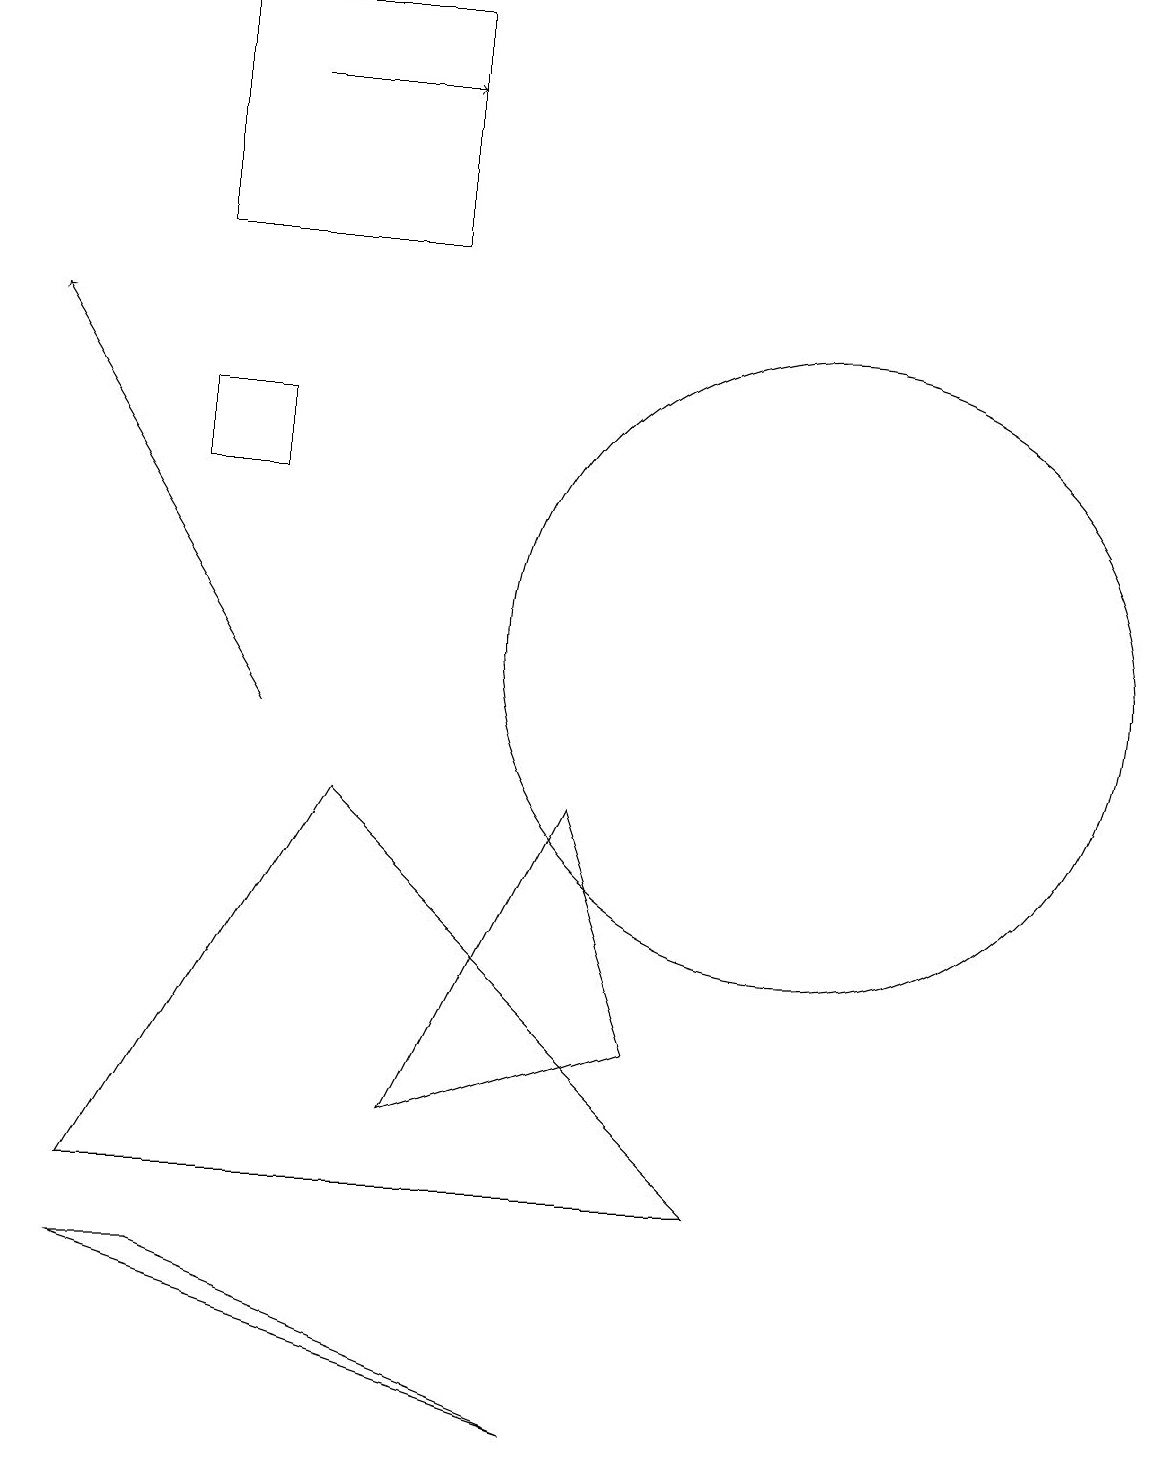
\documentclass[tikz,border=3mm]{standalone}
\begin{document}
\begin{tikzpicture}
\draw (2,14) rectangle (3,13);
\draw (5,19) rectangle (2,16);
\draw (8,6) -- (5,5) -- (7,9) -- cycle;
\draw (7,1) -- (1,3) -- (2,3) -- cycle;
\draw (1,4) -- (9,4) -- (4,9) -- cycle;
\draw[->] (3,18) -- (5,18);
\draw (10,11) circle (4);
\draw[->] (3,10) -- (0,15);
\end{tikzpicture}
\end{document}